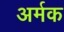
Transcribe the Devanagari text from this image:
अर्मक